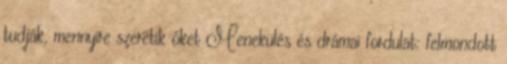
tudják, mennyire szeretik őket Menekülés és drámai fordulat: felmondott